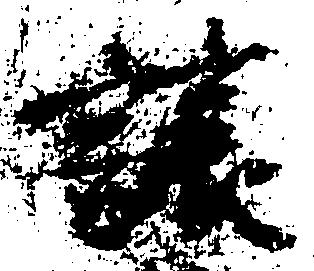
譲